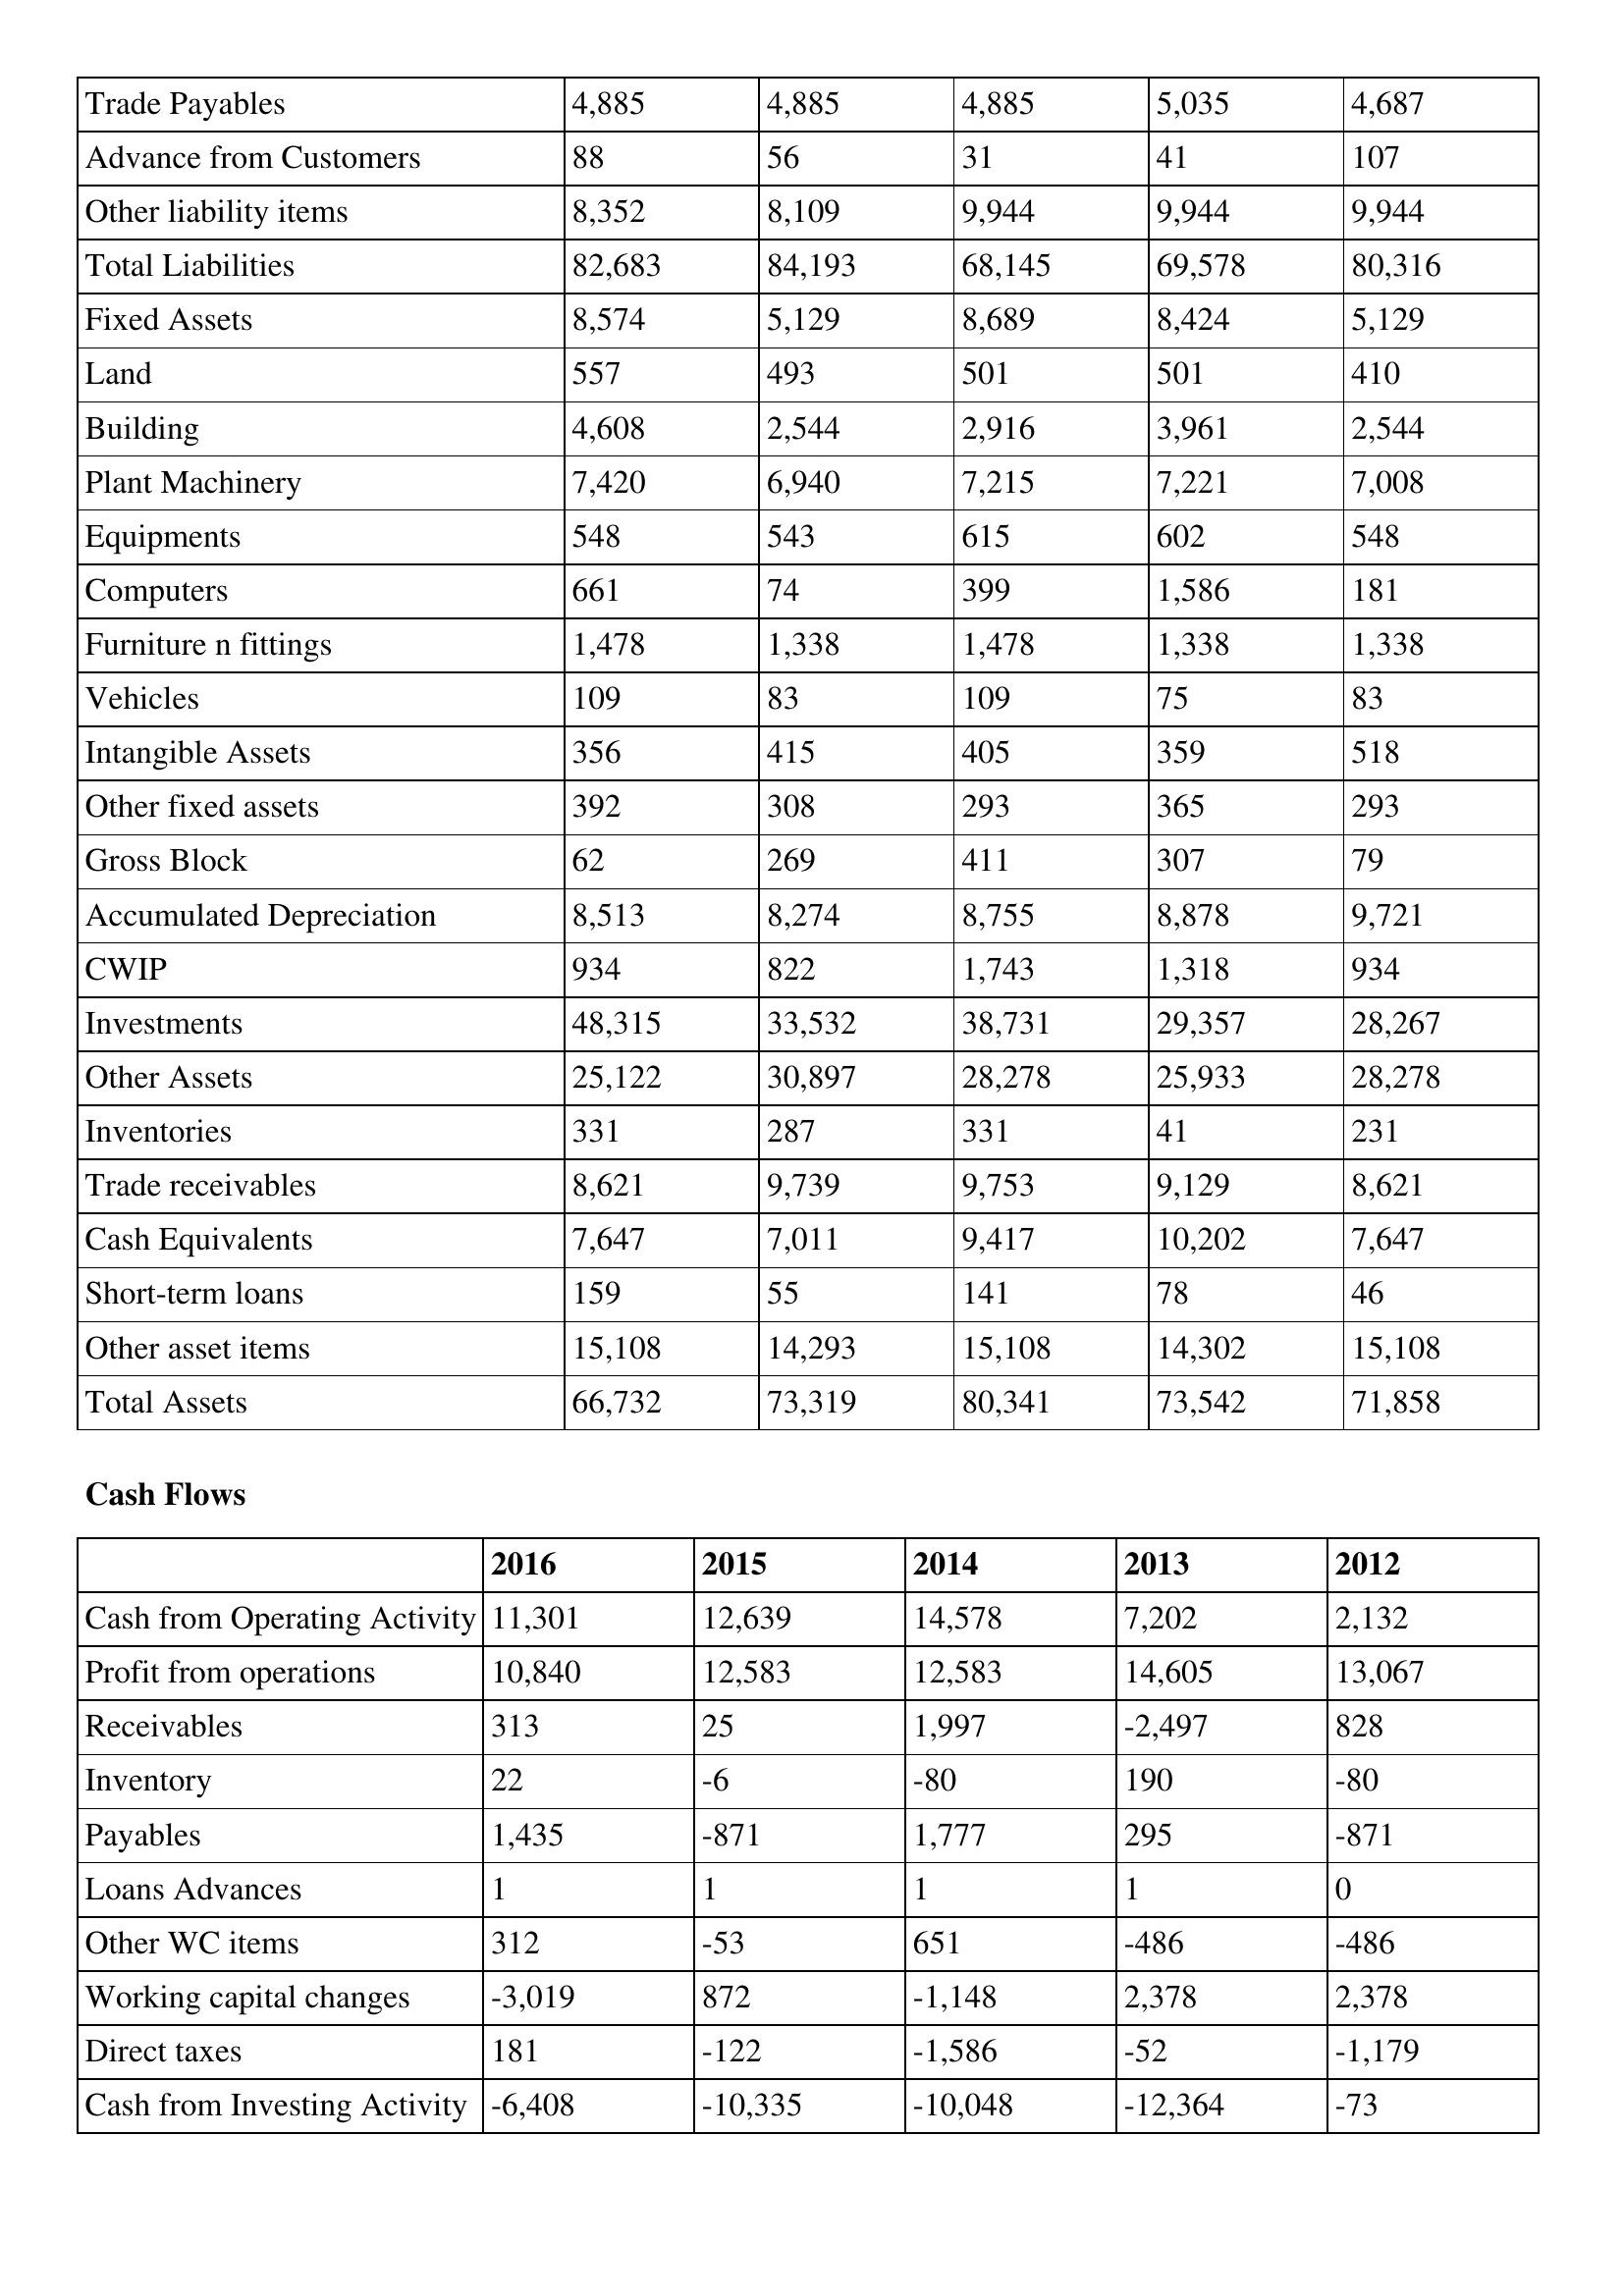
gt_parse: 2016: Balance Sheet: Trade Payables: 4,885
Advance from Customers: 88
Other liability items: 8,352
Total Liabilities: 82,683
Fixed Assets: 8,574
Land: 557
Building: 4,608
Plant Machinery: 7,420
Equipments: 548
Computers: 661
Furniture n fittings: 1,478
Vehicles: 109
Intangible Assets: 356
Other fixed assets: 392
Gross Block: 62
Accumulated Depreciation: 8,513
CWIP: 934
Investments: 48,315
Other Assets: 25,122
Inventories: 331
Trade receivables: 8,621
Cash Equivalents: 7,647
Short-term loans: 159
Other asset items: 15,108
Total Assets: 66,732
Cash Flows: Cash from Operating Activity: 11,301
Profit from operations: 10,840
Receivables: 313
Inventory: 22
Payables: 1,435
Loans Advances: 1
Other WC items: 312
Working capital changes: -3,019
Direct taxes: 181
Cash from Investing Activity: -6,408
2015: Balance Sheet: Trade Payables: 4,885
Advance from Customers: 56
Other liability items: 8,109
Total Liabilities: 84,193
Fixed Assets: 5,129
Land: 493
Building: 2,544
Plant Machinery: 6,940
Equipments: 543
Computers: 74
Furniture n fittings: 1,338
Vehicles: 83
Intangible Assets: 415
Other fixed assets: 308
Gross Block: 269
Accumulated Depreciation: 8,274
CWIP: 822
Investments: 33,532
Other Assets: 30,897
Inventories: 287
Trade receivables: 9,739
Cash Equivalents: 7,011
Short-term loans: 55
Other asset items: 14,293
Total Assets: 73,319
Cash Flows: Cash from Operating Activity: 12,639
Profit from operations: 12,583
Receivables: 25
Inventory: -6
Payables: -871
Loans Advances: 1
Other WC items: -53
Working capital changes: 872
Direct taxes: -122
Cash from Investing Activity: -10,335
2014: Balance Sheet: Trade Payables: 4,885
Advance from Customers: 31
Other liability items: 9,944
Total Liabilities: 68,145
Fixed Assets: 8,689
Land: 501
Building: 2,916
Plant Machinery: 7,215
Equipments: 615
Computers: 399
Furniture n fittings: 1,478
Vehicles: 109
Intangible Assets: 405
Other fixed assets: 293
Gross Block: 411
Accumulated Depreciation: 8,755
CWIP: 1,743
Investments: 38,731
Other Assets: 28,278
Inventories: 331
Trade receivables: 9,753
Cash Equivalents: 9,417
Short-term loans: 141
Other asset items: 15,108
Total Assets: 80,341
Cash Flows: Cash from Operating Activity: 14,578
Profit from operations: 12,583
Receivables: 1,997
Inventory: -80
Payables: 1,777
Loans Advances: 1
Other WC items: 651
Working capital changes: -1,148
Direct taxes: -1,586
Cash from Investing Activity: -10,048
2013: Balance Sheet: Trade Payables: 5,035
Advance from Customers: 41
Other liability items: 9,944
Total Liabilities: 69,578
Fixed Assets: 8,424
Land: 501
Building: 3,961
Plant Machinery: 7,221
Equipments: 602
Computers: 1,586
Furniture n fittings: 1,338
Vehicles: 75
Intangible Assets: 359
Other fixed assets: 365
Gross Block: 307
Accumulated Depreciation: 8,878
CWIP: 1,318
Investments: 29,357
Other Assets: 25,933
Inventories: 41
Trade receivables: 9,129
Cash Equivalents: 10,202
Short-term loans: 78
Other asset items: 14,302
Total Assets: 73,542
Cash Flows: Cash from Operating Activity: 7,202
Profit from operations: 14,605
Receivables: -2,497
Inventory: 190
Payables: 295
Loans Advances: 1
Other WC items: -486
Working capital changes: 2,378
Direct taxes: -52
Cash from Investing Activity: -12,364
2012: Balance Sheet: Trade Payables: 4,687
Advance from Customers: 107
Other liability items: 9,944
Total Liabilities: 80,316
Fixed Assets: 5,129
Land: 410
Building: 2,544
Plant Machinery: 7,008
Equipments: 548
Computers: 181
Furniture n fittings: 1,338
Vehicles: 83
Intangible Assets: 518
Other fixed assets: 293
Gross Block: 79
Accumulated Depreciation: 9,721
CWIP: 934
Investments: 28,267
Other Assets: 28,278
Inventories: 231
Trade receivables: 8,621
Cash Equivalents: 7,647
Short-term loans: 46
Other asset items: 15,108
Total Assets: 71,858
Cash Flows: Cash from Operating Activity: 2,132
Profit from operations: 13,067
Receivables: 828
Inventory: -80
Payables: -871
Loans Advances: 0
Other WC items: -486
Working capital changes: 2,378
Direct taxes: -1,179
Cash from Investing Activity: -73